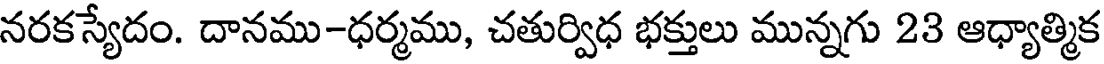
నరకస్యేదం. దానము-ధర్మము, చతుర్విధ భక్తులు మున్నగు 23 ఆధ్యాత్మిక